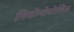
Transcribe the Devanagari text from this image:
नियोनोपोलिस